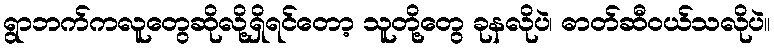
ရွာဘက်ကလူတွေဆိုလို့ရှိရင်တော့ သူတို့တွေ ခုနလိုပဲ၊ ဓာတ်ဆီဝယ်သလိုပဲ။